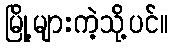
မြို့များကဲ့သို့ပင်။